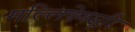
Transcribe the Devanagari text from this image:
मल्लिषेणसूरि